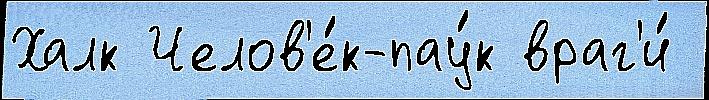
Халк Челов'е́к-пау́к враг'и́